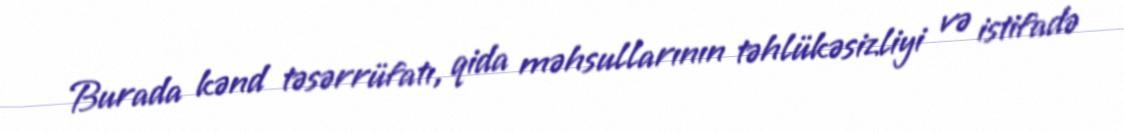
Burada kənd təsərrüfatı, qida məhsullarının təhlükəsizliyi və istifadə